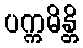
ပက္ကမိန္တိ